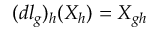
( d l _ { g } ) _ { h } ( X _ { h } ) = X _ { g h }